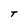
Character: T